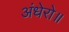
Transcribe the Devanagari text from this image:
अंधेरो॥